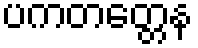
ပကတတ္တေန